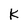
Character: K